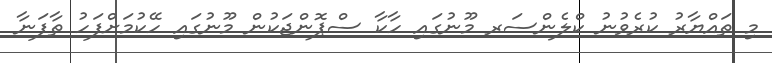
މި ތައްޔާރު ކުރެވުނު ކްލެންސަރ މޫނުގައި ހާކާ ސްޕޮންޖަކުން މޫނުގައި ހޭކުމަށްފަހު ތާފަނާ